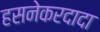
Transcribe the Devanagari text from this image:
हसनेकरदादा